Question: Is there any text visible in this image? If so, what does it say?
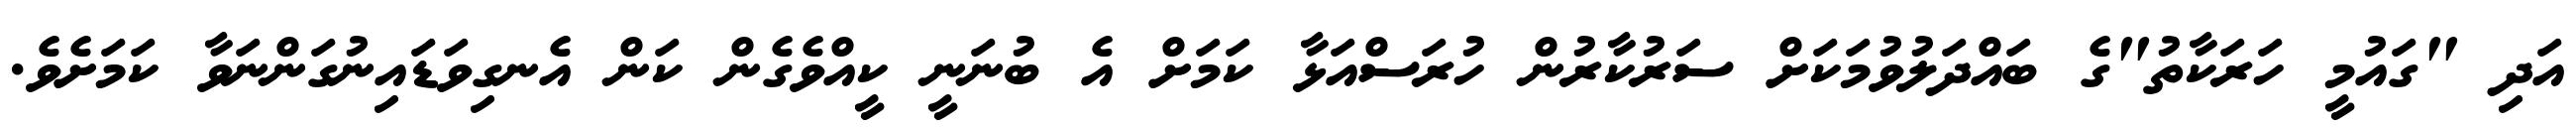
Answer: އަދި "ގައުމީ ހަރަކާތު"ގެ ބައްދަލުވުމަކަށް ސަރުކާރުން ހުރަސްއަޅާ ކަމަށް އެ ބުނަނީ ކީއްވެގެން ކަން އެނގިވަޑައިނުގަންނަވާ ކަމަށެވެ.